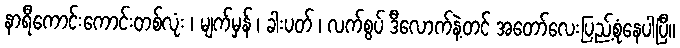
နာရီကောင်းကောင်းတစ်လုံး ၊ မျက်မှန် ၊ ခါးပတ် ၊ လက်စွပ် ဒီလောက်နဲ့တင် အတော်လေးပြည့်စုံနေပါပြီ။